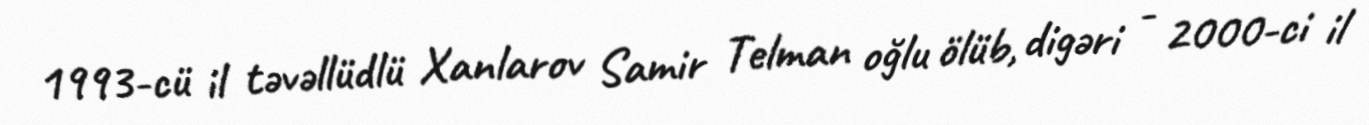
1993-cü il təvəllüdlü Xanlarov Samir Telman oğlu ölüb, digəri - 2000-ci il